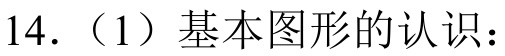
14.（1）基本图形的认识：